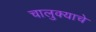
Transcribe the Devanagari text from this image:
चालुक्याचे